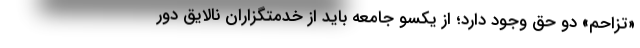
«تزاحم» دو حق وجود دارد؛ از یکسو جامعه باید از خدمتگزاران نالایق دور